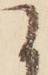
に